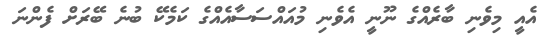
އެއީ މިވެނި ބާރެއްގެ ނޫނީ އެވެނި މުއައްސަސާއެއްގެ ކަމެކޭ ބުނެ ބޭރަށް ފެންނަ